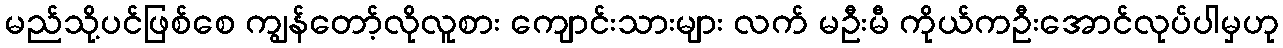
မည်သို့ပင်ဖြစ်စေ ကျွန်တော့်လိုလူစား ကျောင်းသားများ လက် မဦးမီ ကိုယ်ကဦးအောင်လုပ်ပါမှဟု